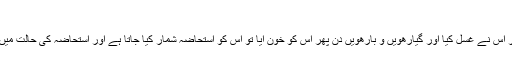
واللہ العالم
سوال:عورت جب حائضہ ہو اور حیض کے دس دن پورے ہو جائیں اور اس نے غسل کیا اور گیارھویں و بارھویں دن پھر اس کو خون آیا تو اس کو استحاضہ شمار کیا جاتا ہے اور استحاضہ کی حالت میں اس کے شوہر نے اس سے جماع کیا تو اس کا کفارہ وغیرہ کیا ہو گا ۔